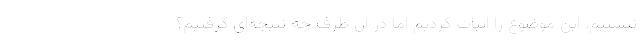
نیستیم. این موضوع را اثبات کردیم اما در آن طرف چه نتیجه‌ای گرفتیم؟